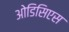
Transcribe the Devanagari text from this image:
ओडिसिएस